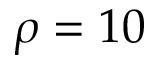
\rho = 1 0